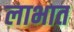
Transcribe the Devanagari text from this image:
लाभात